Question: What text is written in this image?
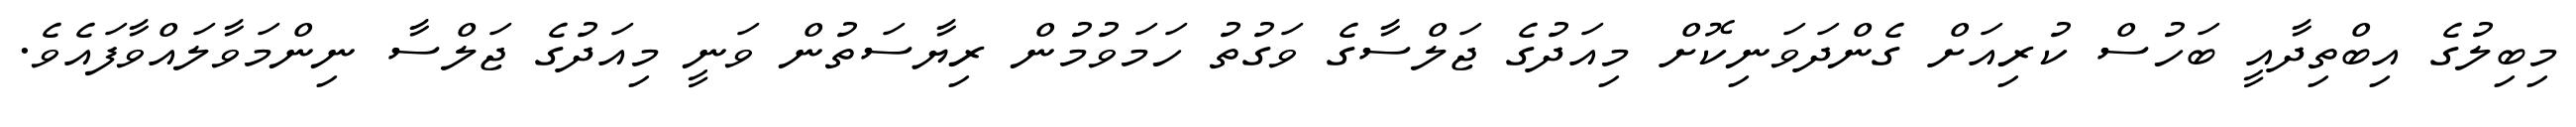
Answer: މިބިލުގެ އިބްތިދާއީ ބަހުސް ކުރިއަށް ގެންދަވަނިކޮށް މިއަދުގެ ޖަލްސާގެ ވަގުތު ހަމަވުމުން ރިޔާސަތުން ވަނީ މިއަދުގެ ޖަލްސާ ނިންމަވާލައްވާފައެވެ.